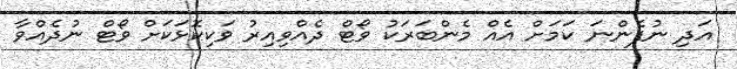
އަދި ނުފެންނަ ކަަމަށް އެއް މެންބަރަކު ވޯޓް ދެއްވިއިރު ވަކިކޮޅަކަށް ވޯޓް ނުދެއްވާ